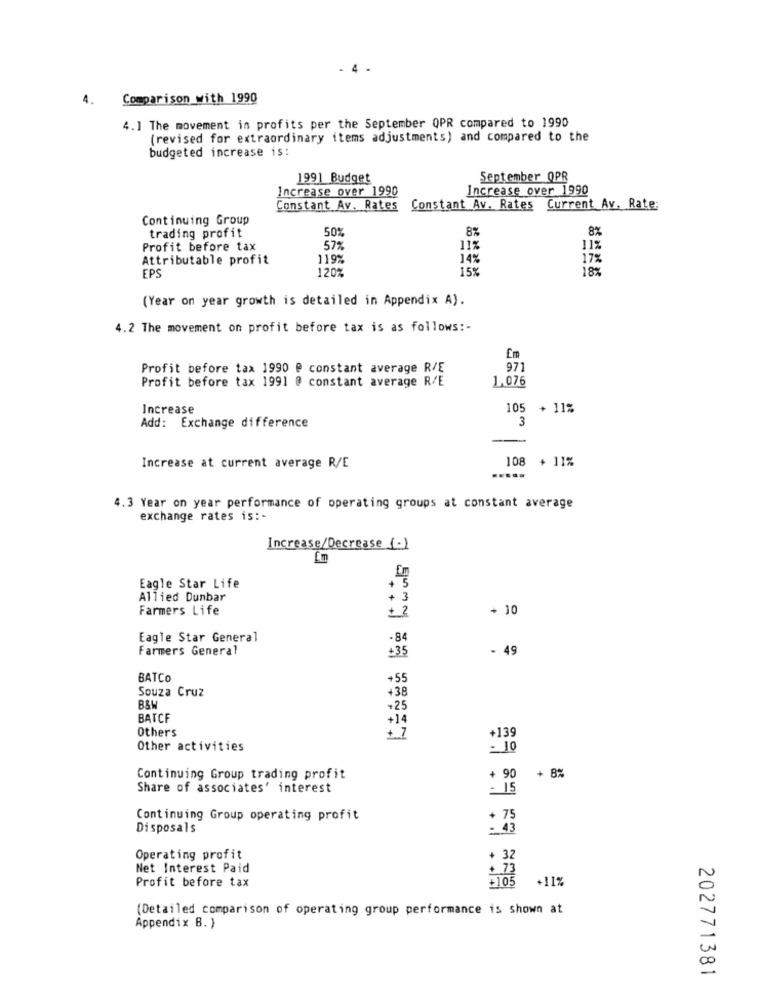
4
4. Comparison with 1990
4.] The movement in profits per the September QPR compared to 1990
(revised for extraordinary items adjustments) and compared to the
budgeted increase is:
1991 Budget
September QPR
Increase over 1990
Increase over 1990
Constant Av. Rates
Constant Av. Rates Current Av. Rate:
Continuing Group
50%
8%
8%
trading profit
Profit before tax
57%
112
11%
Attributable profit
119%
14%
17%
EPS
120%
15%
18%
(Year on year growth is detailed in Appendix A).
4.2 The movement on profit before tax is as follows :-
Em
Profit before tax 1990 @ constant average R/E
971
Profit before tax 1991 @ constant average R/E
1.076
Increase
105
+ 11%
3
Add: Exchange difference
108 + 11%
Increase at current average R/E
4.3 Year on year performance of operating groups at constant average
exchange rates is :-
Increase/Decrease (-)
Eagle Star Life
+ 5
Allied Dunbar
+ 3
Farmers Life
+ 2
+ 10
Eagle Star General
Farmers General
- 49
+35
BATCO
+55
Souza Cruz
+38
+25
BATCF
+14
Others
+139
Other activities
- 10
Continuing Group trading profit
+ 90
+ 8%
Share of associates' interest
Continuing Group operating profit
+ 75
Disposals
: 43
Operating profit
+ 32
Net Interest Paid
+ 73
+105
+11%
Profit before tax
(Detailed comparison of operating group performance is shown at
Appendix B. )
202771381